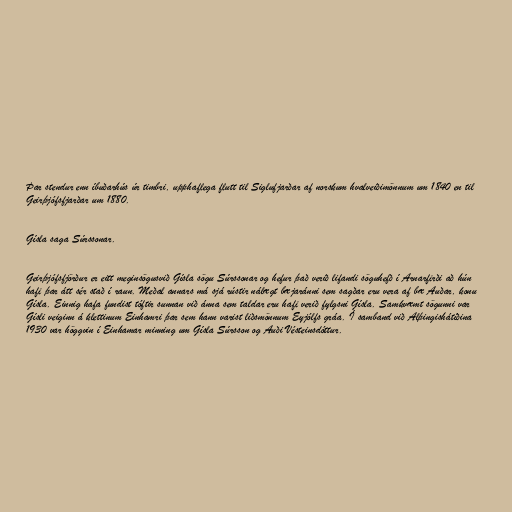
Þar stendur enn íbuðarhús úr timbri, upphaflega flutt til Siglufjarðar af norskum hvalveiðimönnum um 1840 en til
Geirþjófsfjarðar um 1880.

Gísla saga Súrssonar.

Geirþjófsfjörður er eitt meginsögusvið Gísla sögu Súrssonar og hefur það verið lifandi söguhefð í Arnarfirði að hún
hafi þar átt sér stað í raun. Meðal annars má sjá rústir nálægt bæjaránni sem sagðar eru vera af bæ Auðar, konu
Gísla. Einnig hafa fundist tóftir sunnan við ánna sem taldar eru hafi verið fylgsni Gísla. Samkvæmt sögunni var
Gísli veiginn á klettinum Einhamri þar sem hann varist liðsmönnum Eyjólfs gráa. Í samband við Alþingishátíðina
1930 var höggvin í Einhamar minning um Gísla Súrsson og Auði Vésteinsdóttur.